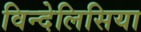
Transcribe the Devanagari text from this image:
विन्देलिसिया